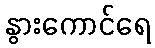
နွားကောင်ရေ